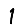
Digit: 1